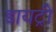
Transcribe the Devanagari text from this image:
डायट्री